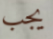
يجب